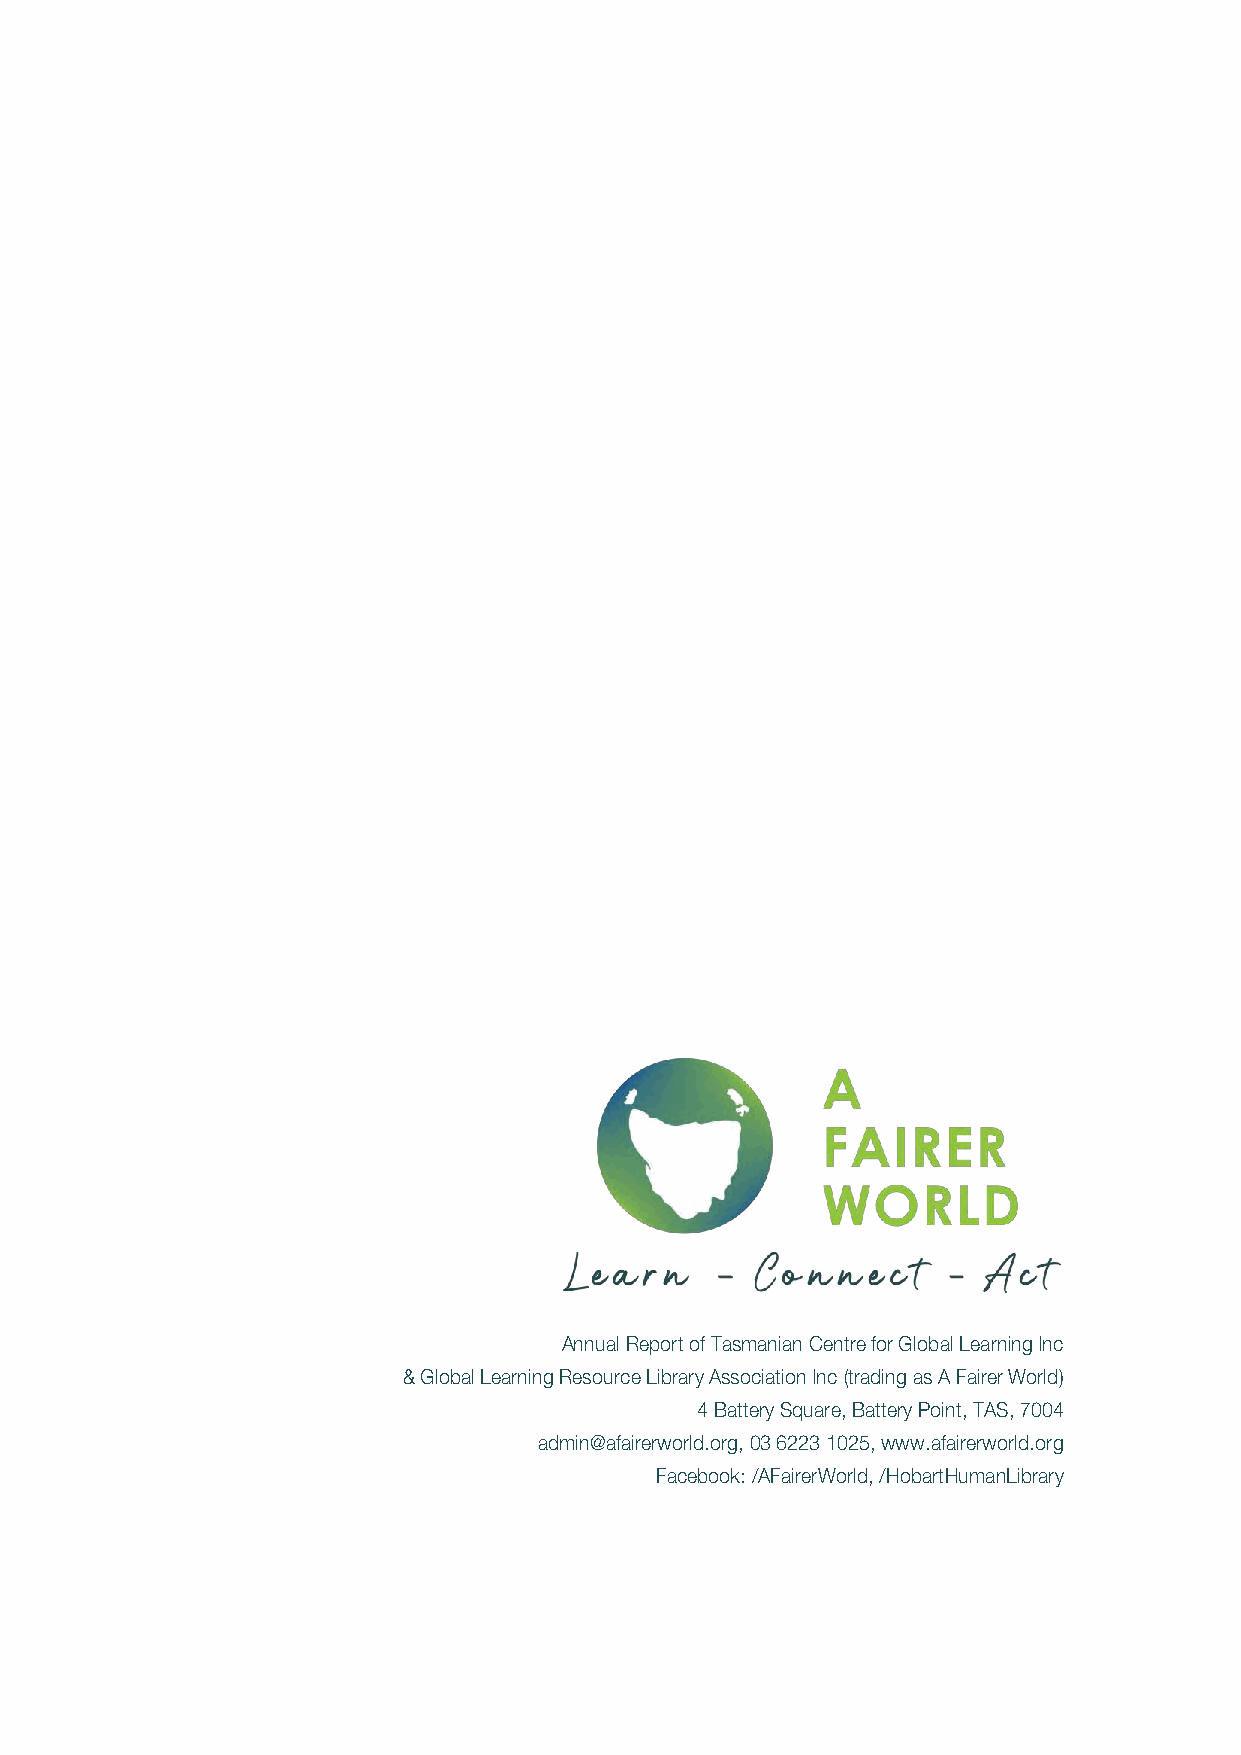
Annual Report of Tasmanian Centre for Global Learning Inc
 & Global Learning Resource Library Association Inc (trading as A Fairer World)
 4 Battery Square, Battery Point, TAS, 7004
 admin@afairerworld.org, 03 6223 1025, www.afairerworld.org
 Facebook: /AFairerWorld, /HobartHumanLibrary